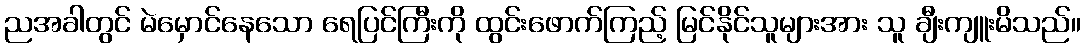
ညအခါတွင် မဲမှောင်နေသော ရေပြင်ကြီးကို ထွင်းဖောက်ကြည့် မြင်နိုင်သူများအား သူ ချီးကျူးမိသည်။